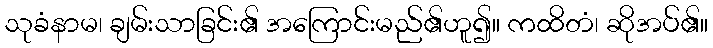
သုခံနာမ၊ ချမ်းသာခြင်း၏ အကြောင်းမည်၏ဟူ၍။ ကထိတံ၊ ဆိုအပ်၏။